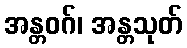
အန္တဝဂ်၊ အန္တသုတ်